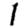
Digit: 1